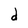
Character: d